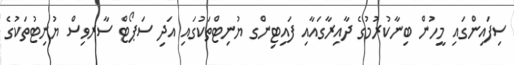
ސިފައިންގައި މީހުން ބިނާކުރުމުގެ ދާއިރާގައާއި ފައިޓިންގ ޔުނިޓްތަކުގައި އަދި ސަޕޯޓް ސާރވިސް ޔުނިޓުތަކުގެ